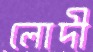
লোদী